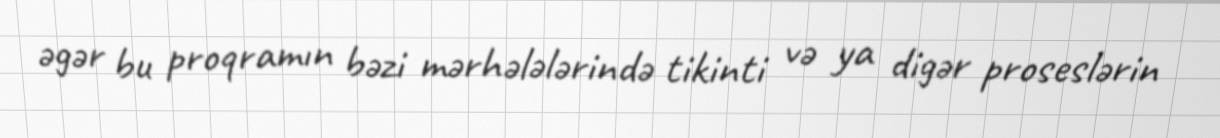
əgər bu proqramın bəzi mərhələlərində tikinti və ya digər proseslərin